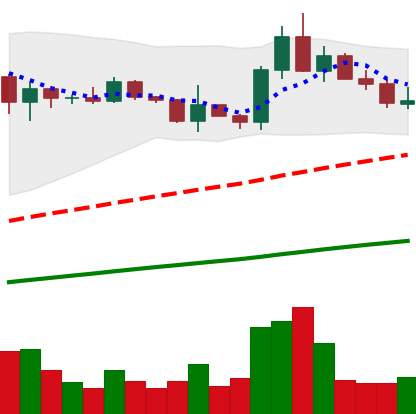
Ticker: ADA-USD
Chart end date: 2021-03-23
Forward return: 6.203%
Label: up_5_7